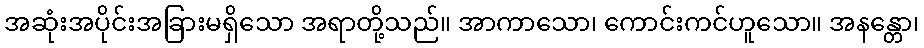
အဆုံးအပိုင်းအခြားမရှိသော အရာတို့သည်။ အာကာသော၊ ကောင်းကင်ဟူသော။ အနန္တော၊